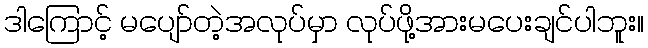
ဒါကြောင့် မပျော်တဲ့အလုပ်မှာ လုပ်ဖို့အားမပေးချင်ပါဘူး။